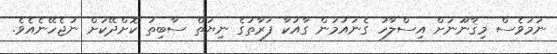
ނަމަވެސް މިޤާނޫނަށް އިސްލާހު ގެނައުމުން ގާއުކާ ފަރާތުގެ ނިޔަތް ސާބިތު ކޮށްދޭކަށް ނުޖެހޭނެއެވެ.